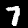
Label: 7